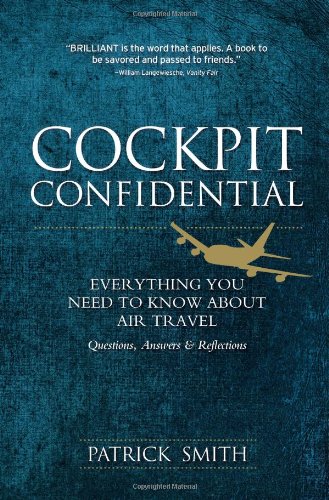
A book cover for Cockpit Confidential: Everything You Need to Know About Air Travel: Questions, Answers, and Reflections; Patrick Smith; Engineering & Transportation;